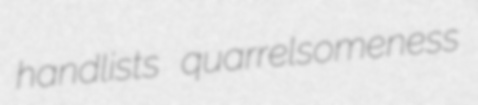
handlists quarrelsomeness